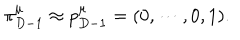
LaTeX: \pi _ { D - 1 } ^ { \mu } \approx p _ { D - 1 } ^ { \mu } = ( 0 , \cdots , 0 , 1 ) .